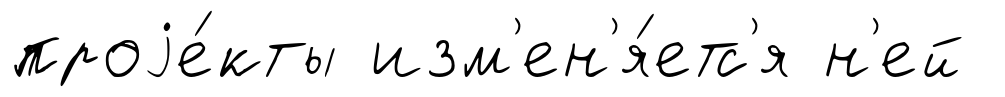
проjе́кты изм'ен'я́етс'я н'ей